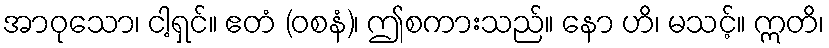
အာဝုသော၊ ငါ့ရှင်။ ဧတံ (ဝစနံ)၊ ဤစကားသည်။ နော ဟိ၊ မသင့်။ ဣတိ၊